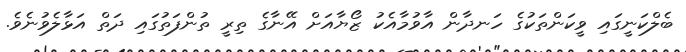
ބެލްކަނީގައި ވީކަންތަކުގެ ހަނދާން އާވުމާއެކު ޒޯޔާއަށް އޭނާގެ ތިރީ ތުންފަތުގައި ދަތް އަޅާލެވުނެވެ.